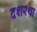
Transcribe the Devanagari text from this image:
दशरथा